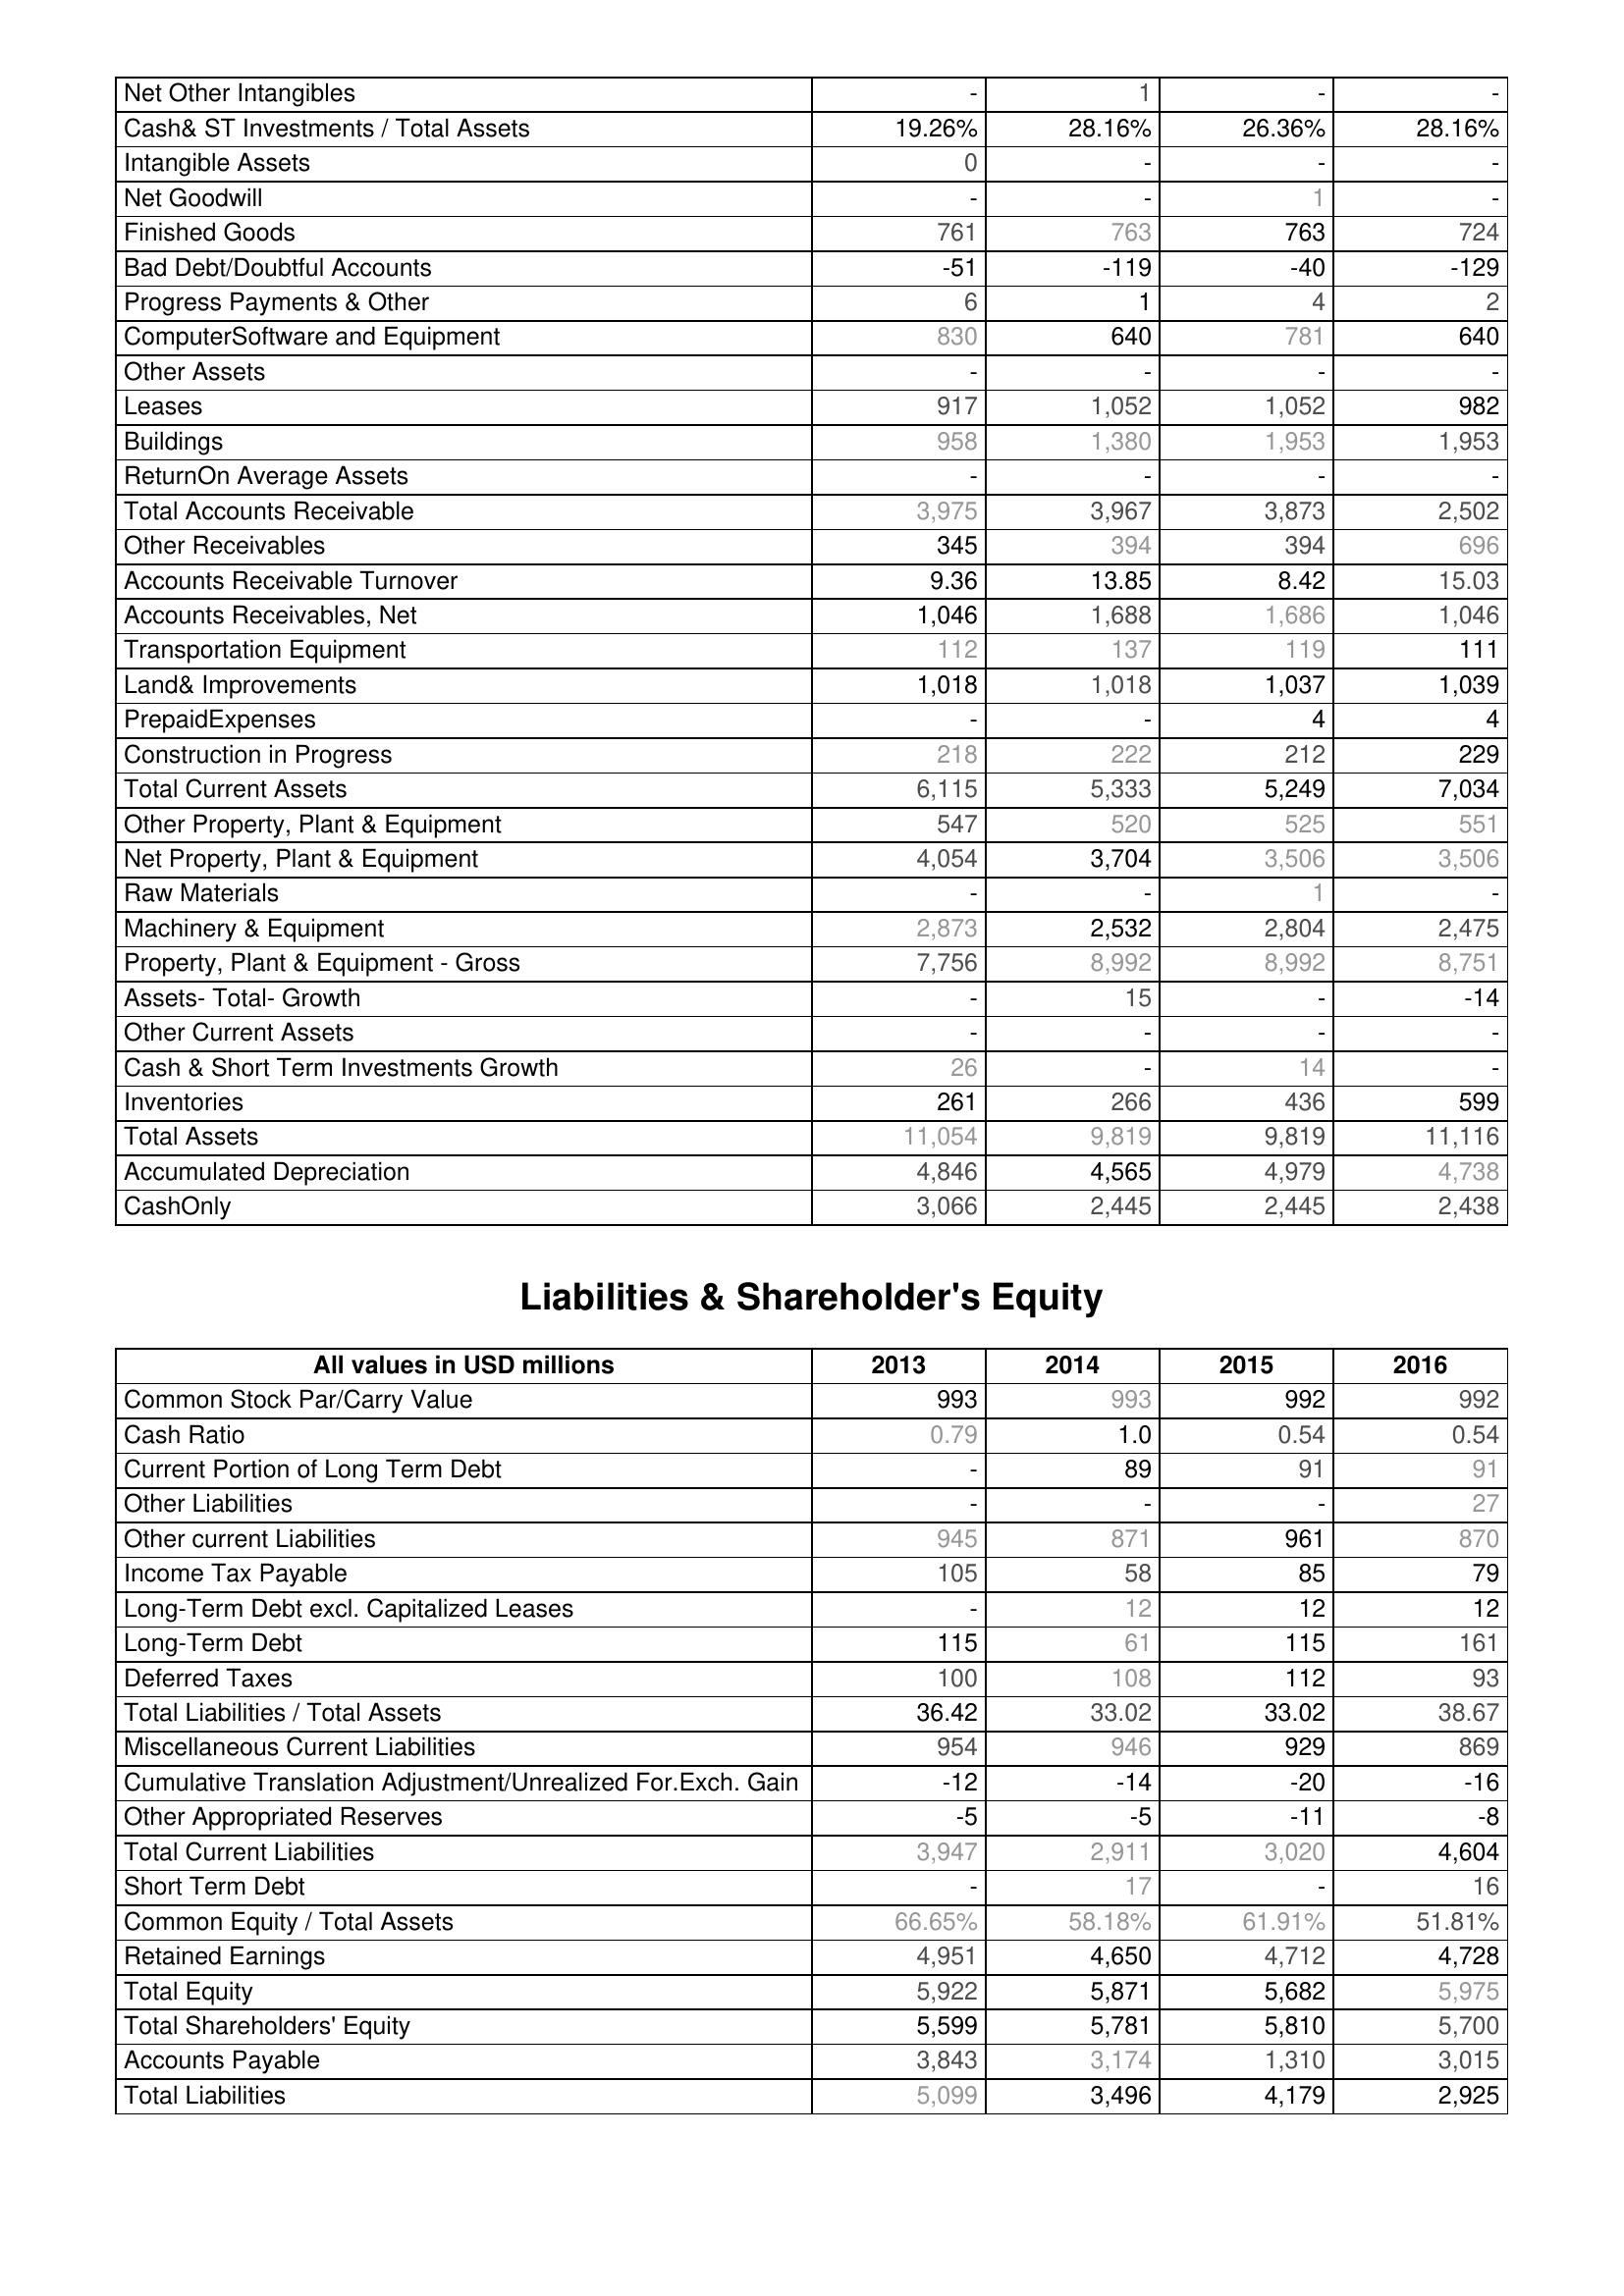
2013: Assets: Net Other Intangibles: -
Cash& ST Investments / Total Assets: 19.26%
Intangible Assets: 0
Net Goodwill: -
Finished Goods: 761
Bad Debt/Doubtful Accounts: -51
Progress Payments & Other: 6
ComputerSoftware and Equipment: 830
Other Assets: -
Leases: 917
Buildings: 958
ReturnOn Average Assets: -
Total Accounts Receivable: 3,975
Other Receivables: 345
Accounts Receivable Turnover: 9.36
Accounts Receivables, Net: 1,046
Transportation Equipment: 112
Land& Improvements: 1,018
PrepaidExpenses: -
Construction in Progress: 218
Total Current Assets: 6,115
Other Property, Plant & Equipment: 547
Net Property, Plant & Equipment: 4,054
Raw Materials: -
Machinery & Equipment: 2,873
Property, Plant & Equipment - Gross : 7,756
Assets- Total- Growth: -
Other Current Assets: -
Cash & Short Term Investments Growth: 26
Inventories: 261
Total Assets: 11,054
Accumulated Depreciation: 4,846
CashOnly: 3,066
Liabilities & Shareholder's Equity: Common Stock Par/Carry Value: 993
Cash Ratio: 0.79
Current Portion of Long Term Debt: -
Other Liabilities: -
Other current Liabilities: 945
Income Tax Payable: 105
Long-Term Debt excl. Capitalized Leases: -
Long-Term Debt: 115
Deferred Taxes: 100
Total Liabilities / Total Assets: 36.42
Miscellaneous Current Liabilities: 954
Cumulative Translation Adjustment/Unrealized For.Exch. Gain: -12
Other Appropriated Reserves: -5
Total Current Liabilities: 3,947
Short Term Debt: -
Common Equity / Total Assets: 66.65%
Retained Earnings: 4,951
Total Equity: 5,922
Total Shareholders' Equity: 5,599
Accounts Payable: 3,843
Total Liabilities: 5,099
2014: Assets: Net Other Intangibles: 1
Cash& ST Investments / Total Assets: 28.16%
Intangible Assets: -
Net Goodwill: -
Finished Goods: 763
Bad Debt/Doubtful Accounts: -119
Progress Payments & Other: 1
ComputerSoftware and Equipment: 640
Other Assets: -
Leases: 1,052
Buildings: 1,380
ReturnOn Average Assets: -
Total Accounts Receivable: 3,967
Other Receivables: 394
Accounts Receivable Turnover: 13.85
Accounts Receivables, Net: 1,688
Transportation Equipment: 137
Land& Improvements: 1,018
PrepaidExpenses: -
Construction in Progress: 222
Total Current Assets: 5,333
Other Property, Plant & Equipment: 520
Net Property, Plant & Equipment: 3,704
Raw Materials: -
Machinery & Equipment: 2,532
Property, Plant & Equipment - Gross : 8,992
Assets- Total- Growth: 15
Other Current Assets: -
Cash & Short Term Investments Growth: -
Inventories: 266
Total Assets: 9,819
Accumulated Depreciation: 4,565
CashOnly: 2,445
Liabilities & Shareholder's Equity: Common Stock Par/Carry Value: 993
Cash Ratio: 1.0
Current Portion of Long Term Debt: 89
Other Liabilities: -
Other current Liabilities: 871
Income Tax Payable: 58
Long-Term Debt excl. Capitalized Leases: 12
Long-Term Debt: 61
Deferred Taxes: 108
Total Liabilities / Total Assets: 33.02
Miscellaneous Current Liabilities: 946
Cumulative Translation Adjustment/Unrealized For.Exch. Gain: -14
Other Appropriated Reserves: -5
Total Current Liabilities: 2,911
Short Term Debt: 17
Common Equity / Total Assets: 58.18%
Retained Earnings: 4,650
Total Equity: 5,871
Total Shareholders' Equity: 5,781
Accounts Payable: 3,174
Total Liabilities: 3,496
2015: Assets: Net Other Intangibles: -
Cash& ST Investments / Total Assets: 26.36%
Intangible Assets: -
Net Goodwill: 1
Finished Goods: 763
Bad Debt/Doubtful Accounts: -40
Progress Payments & Other: 4
ComputerSoftware and Equipment: 781
Other Assets: -
Leases: 1,052
Buildings: 1,953
ReturnOn Average Assets: -
Total Accounts Receivable: 3,873
Other Receivables: 394
Accounts Receivable Turnover: 8.42
Accounts Receivables, Net: 1,686
Transportation Equipment: 119
Land& Improvements: 1,037
PrepaidExpenses: 4
Construction in Progress: 212
Total Current Assets: 5,249
Other Property, Plant & Equipment: 525
Net Property, Plant & Equipment: 3,506
Raw Materials: 1
Machinery & Equipment: 2,804
Property, Plant & Equipment - Gross : 8,992
Assets- Total- Growth: -
Other Current Assets: -
Cash & Short Term Investments Growth: 14
Inventories: 436
Total Assets: 9,819
Accumulated Depreciation: 4,979
CashOnly: 2,445
Liabilities & Shareholder's Equity: Common Stock Par/Carry Value: 992
Cash Ratio: 0.54
Current Portion of Long Term Debt: 91
Other Liabilities: -
Other current Liabilities: 961
Income Tax Payable: 85
Long-Term Debt excl. Capitalized Leases: 12
Long-Term Debt: 115
Deferred Taxes: 112
Total Liabilities / Total Assets: 33.02
Miscellaneous Current Liabilities: 929
Cumulative Translation Adjustment/Unrealized For.Exch. Gain: -20
Other Appropriated Reserves: -11
Total Current Liabilities: 3,020
Short Term Debt: -
Common Equity / Total Assets: 61.91%
Retained Earnings: 4,712
Total Equity: 5,682
Total Shareholders' Equity: 5,810
Accounts Payable: 1,310
Total Liabilities: 4,179
2016: Assets: Net Other Intangibles: -
Cash& ST Investments / Total Assets: 28.16%
Intangible Assets: -
Net Goodwill: -
Finished Goods: 724
Bad Debt/Doubtful Accounts: -129
Progress Payments & Other: 2
ComputerSoftware and Equipment: 640
Other Assets: -
Leases: 982
Buildings: 1,953
ReturnOn Average Assets: -
Total Accounts Receivable: 2,502
Other Receivables: 696
Accounts Receivable Turnover: 15.03
Accounts Receivables, Net: 1,046
Transportation Equipment: 111
Land& Improvements: 1,039
PrepaidExpenses: 4
Construction in Progress: 229
Total Current Assets: 7,034
Other Property, Plant & Equipment: 551
Net Property, Plant & Equipment: 3,506
Raw Materials: -
Machinery & Equipment: 2,475
Property, Plant & Equipment - Gross : 8,751
Assets- Total- Growth: -14
Other Current Assets: -
Cash & Short Term Investments Growth: -
Inventories: 599
Total Assets: 11,116
Accumulated Depreciation: 4,738
CashOnly: 2,438
Liabilities & Shareholder's Equity: Common Stock Par/Carry Value: 992
Cash Ratio: 0.54
Current Portion of Long Term Debt: 91
Other Liabilities: 27
Other current Liabilities: 870
Income Tax Payable: 79
Long-Term Debt excl. Capitalized Leases: 12
Long-Term Debt: 161
Deferred Taxes: 93
Total Liabilities / Total Assets: 38.67
Miscellaneous Current Liabilities: 869
Cumulative Translation Adjustment/Unrealized For.Exch. Gain: -16
Other Appropriated Reserves: -8
Total Current Liabilities: 4,604
Short Term Debt: 16
Common Equity / Total Assets: 51.81%
Retained Earnings: 4,728
Total Equity: 5,975
Total Shareholders' Equity: 5,700
Accounts Payable: 3,015
Total Liabilities: 2,925